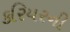
કરિયરની